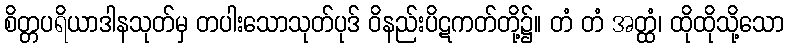
စိတ္တပရိယာဒါနသုတ်မှ တပါးသောသုတ်ပုဒ် ဝိနည်းပိဋကတ်တို့၌။ တံ တံ အတ္ထံ၊ ထိုထိုသို့သော